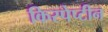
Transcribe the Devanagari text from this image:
किस्पेप्टीन